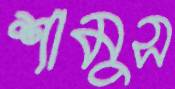
শামুস